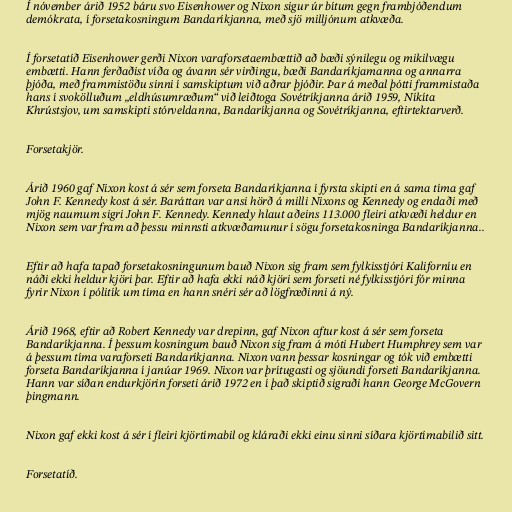
Í nóvember árið 1952 báru svo Eisenhower og Nixon sigur úr bítum gegn frambjóðendum
demókrata, í forsetakosningum Bandaríkjanna, með sjö milljónum atkvæða.

Í forsetatíð Eisenhower gerði Nixon varaforsetaembættið að bæði sýnilegu og mikilvægu
embætti. Hann ferðaðist víða og ávann sér virðingu, bæði Bandaríkjamanna og annarra
þjóða, með frammistöðu sinni í samskiptum við aðrar þjóðir. Þar á meðal þótti frammistaða
hans í svokölluðum „eldhúsumræðum“ við leiðtoga Sovétríkjanna árið 1959, Níkíta
Khrústsjov, um samskipti stórveldanna, Bandaríkjanna og Sovétríkjanna, eftirtektarverð.

Forsetakjör.

Árið 1960 gaf Nixon kost á sér sem forseta Bandaríkjanna í fyrsta skipti en á sama tíma gaf
John F. Kennedy kost á sér. Baráttan var ansi hörð á milli Nixons og Kennedy og endaði með
mjög naumum sigri John F. Kennedy. Kennedy hlaut aðeins 113.000 fleiri atkvæði heldur en
Nixon sem var fram að þessu minnsti atkvæðamunur í sögu forsetakosninga Bandaríkjanna..

Eftir að hafa tapað forsetakosningunum bauð Nixon sig fram sem fylkisstjóri Kaliforníu en
náði ekki heldur kjöri þar. Eftir að hafa ekki náð kjöri sem forseti né fylkisstjóri fór minna
fyrir Nixon í pólitík um tíma en hann snéri sér að lögfræðinni á ný.

Árið 1968, eftir að Robert Kennedy var drepinn, gaf Nixon aftur kost á sér sem forseta
Bandaríkjanna. Í þessum kosningum bauð Nixon sig fram á móti Hubert Humphrey sem var
á þessum tíma varaforseti Bandaríkjanna. Nixon vann þessar kosningar og tók við embætti
forseta Bandaríkjanna í janúar 1969. Nixon var þrítugasti og sjöundi forseti Bandaríkjanna.
Hann var síðan endurkjörin forseti árið 1972 en í það skiptið sigraði hann George McGovern
þingmann.

Nixon gaf ekki kost á sér í fleiri kjörtímabil og kláraði ekki einu sinni síðara kjörtímabilið sitt.

Forsetatíð.